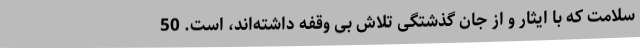
سلامت که با ایثار و از جان گذشتگی تلاش بی وقفه داشته‌اند، است. 50